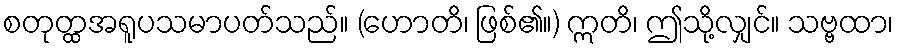
စတုတ္ထအရူပသမာပတ်သည်။ (ဟောတိ၊ ဖြစ်၏။) ဣတိ၊ ဤသို့လျှင်။ သဗ္ဗထာ၊